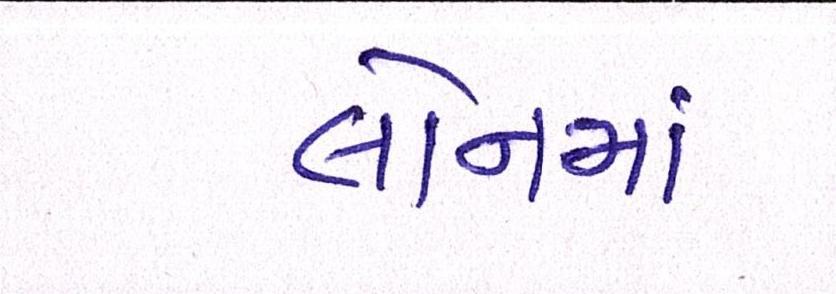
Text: લોનમાં